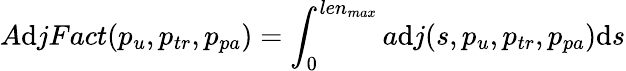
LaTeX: A\mathrm{d}jFact(p_{u},p_{tr},p_{pa})=\int_{0}^{len_{max}}a\mathrm{d}j(s,p_{u},p_{tr},p_{pa})\mathrm{d}s